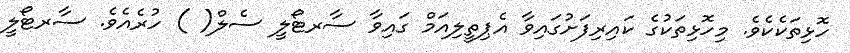
ހޮޅިތަކެކެވެ. މިހޮޅިތަކުގެ ކައިރިފަށުގައިވާ އެޕިތީލިއަމް ގައިވާ ސާރޓޯލީ ސެލް( ) ހުރެއެވެ. ސާރޓޯލީ